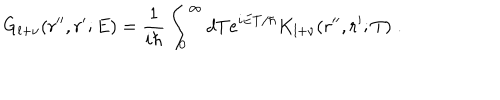
LaTeX: G _ { l + \nu } ( r ^ { \prime \prime } , r ^ { \prime } ; E ) = \frac { 1 } { i \hbar } \int _ { 0 } ^ { \infty } d T e ^ { i E T / \hbar } K _ { l + \nu } ( r ^ { \prime \prime } , r ^ { \prime } ; T ) \; .